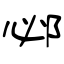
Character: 邲